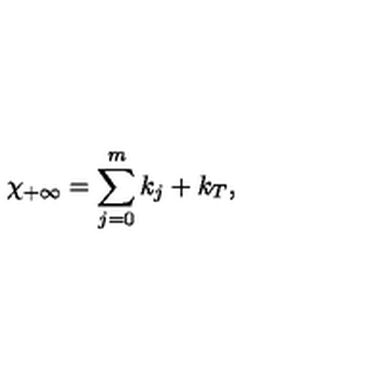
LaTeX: \chi _ { + \infty } = \sum _ { j = 0 } ^ { m } k _ { j } + k _ { T } , \,